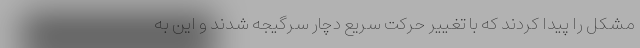
مشکل را پیدا کردند که با تغییر حرکت سریع دچار سرگیجه شدند و این به